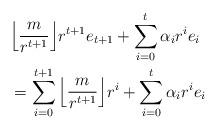
LaTeX: \begin{align*}&\Big\lfloor \frac{m}{r^{t+1}}\Big\rfloor r^{t+1} e_{t+1}+\sum_{i=0}^{t}\alpha_i r^i e_i\\&= \sum_{i=0}^{t+1}\Big\lfloor \frac{m}{r^{t+1}}\Big\rfloor r^{i}+\sum_{i=0}^{t}\alpha_i r^i e_i \end{align*}